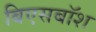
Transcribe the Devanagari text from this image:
बिएसबॉश